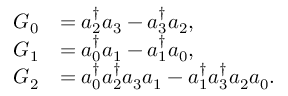
\begin{array} { r l } { G _ { 0 } } & { = a _ { 2 } ^ { \dagger } a _ { 3 } - a _ { 3 } ^ { \dagger } a _ { 2 } , } \\ { G _ { 1 } } & { = a _ { 0 } ^ { \dagger } a _ { 1 } - a _ { 1 } ^ { \dagger } a _ { 0 } , } \\ { G _ { 2 } } & { = a _ { 0 } ^ { \dagger } a _ { 2 } ^ { \dagger } a _ { 3 } a _ { 1 } - a _ { 1 } ^ { \dagger } a _ { 3 } ^ { \dagger } a _ { 2 } a _ { 0 } . } \end{array}